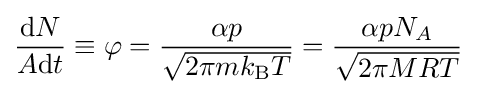
{\frac {\mathrm {d} N}{A\mathrm {d} t}}\equiv \varphi ={\frac {\alpha p}{\sqrt {2\pi mk_{\text{B}}T}}}={\frac {\alpha pN_{A}}{\sqrt {2\pi MRT}}}